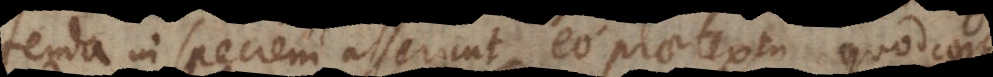
in speciem asserunt, eo praetextu quod